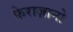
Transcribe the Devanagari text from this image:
फेराज़ानो